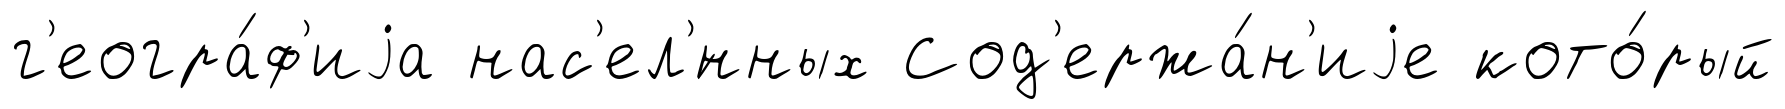
г'еогра́ф'иjа нас'ел'́нных Сод'ержа́н'иjе кото́рый